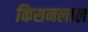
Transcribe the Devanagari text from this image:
किसनलाल